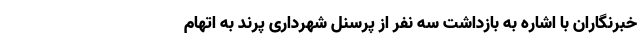
خبرنگاران با اشاره به بازداشت سه نفر از پرسنل شهرداری پرند به اتهام